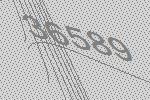
36589